Lunatic asylums in Bengal annual reports 1899-1911 - 1899-1911
Year: 1899
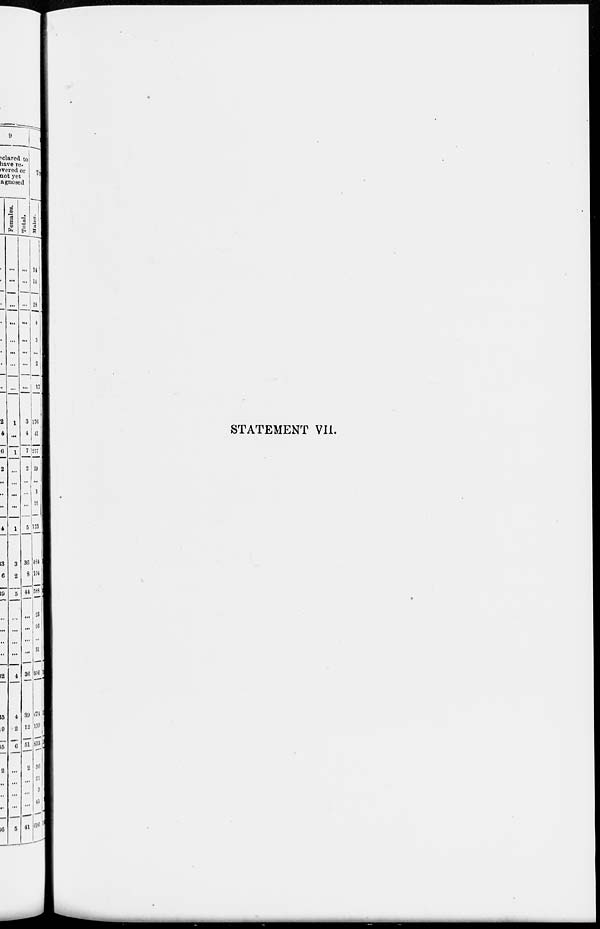
STATEMENT VII.